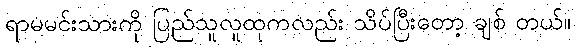
ရာမမင်းသားကို ပြည်သူလူထုကလည်း သိပ်ပြီးတော့ ချစ် တယ်။